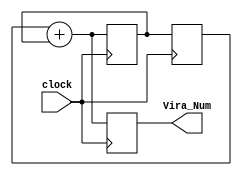
module Virahanka_Numbers (clock,Vira_Num);

input clock;
output integer Vira_Num;

integer count=0, previous_num ,current_num;

initial
begin
	previous_num=0;
	current_num=1;
end

always @ (posedge clock)
begin
			$display("V(%d) : %d",count, Vira_Num);
			count = count + 1;
			Vira_Num = previous_num + current_num;
			previous_num = current_num;
			current_num = Vira_Num;
end

endmodule